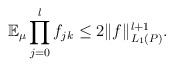
\begin{align*}\mathbb E_{\mu} \prod_{j=0}^l f_{jk} \leq 2 \|f\|_{L_1(P)}^{l+1}.\end{align*}